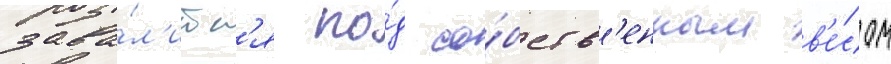
зава́л'итс'я по́д со́бств'енным в'е́сом